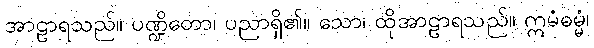
အာဠာရသည်။ ပဏ္ဍိတော၊ ပညာရှိ၏။ သော၊ ထိုအာဠာရသည်။ ဣမံဓမ္မံ၊